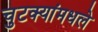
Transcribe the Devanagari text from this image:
चुटक्यांमधले